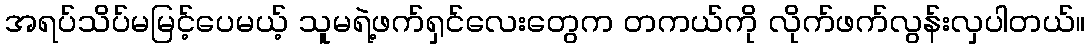
အရပ်သိပ်မမြင့်ပေမယ့် သူမရဲ့ဖက်ရှင်လေးတွေက တကယ်ကို လိုက်ဖက်လွန်းလှပါတယ်။